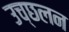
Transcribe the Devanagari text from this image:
उच्छलन